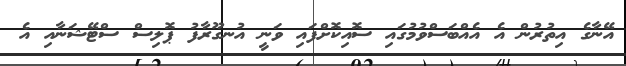
އޭނާގެ އިތުރުން އެ އެއްބަސްވުމުގައި ސޮއިކޮށްފައި ވަނީ އުނގޫރާފު ޕޮލިސް ސްޓޭޝަނާއި އެ